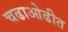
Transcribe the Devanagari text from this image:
चढाओढीत